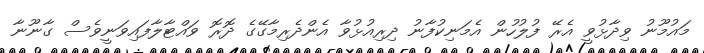
މައުމޫނު ވިދާޅުވީ އެރޭ ފުލުހުން އެމަނިކުފާނު ދިރިއުޅުވާ އެންދެރިމާގޭގެ ދޮރޮ ވައްޓާލާފައިވަނީވެސް ގާނޫނާ